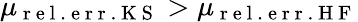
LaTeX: \mu_{\mathrm{~r~e~l~.~\! ~e~r~r~.~K~S~}}>\mu_{\mathrm{~r~e~l~.~\! ~e~r~r~.~H~F~}}